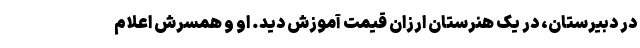
در دبیرستان، در یک هنرستان ارزان قیمت آموزش دید. او و همسرش اعلام